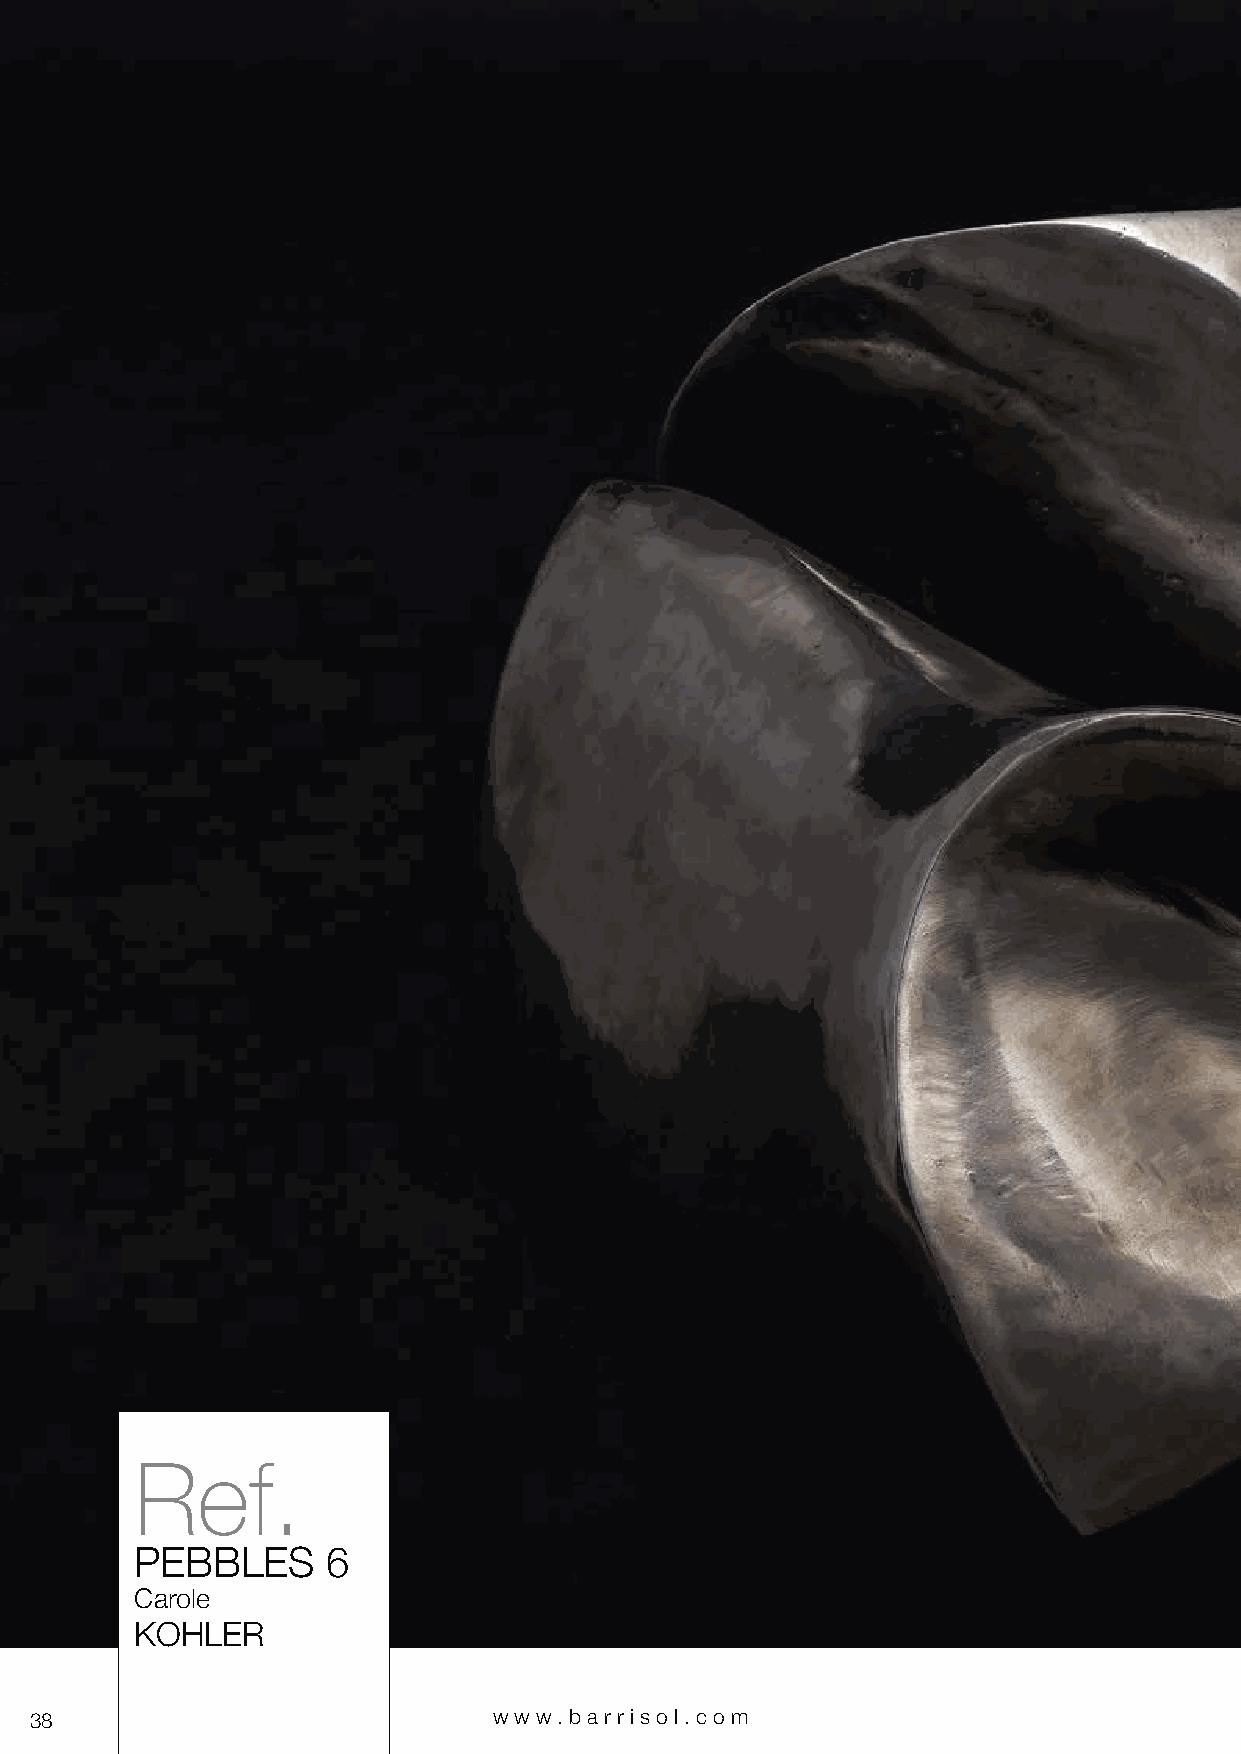
Ref.
 PEBBLES      6
 Carole
 KOHLER
 38                             www.bar riso l. com